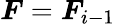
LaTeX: \boldsymbol{F}=\boldsymbol{F}_{i-1}